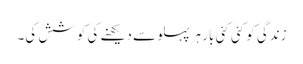
زندگی کو کئی کئی بار ہرپہلو سے دیکھنے کی کوشش کی۔